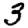
Digit: 3